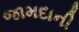
જામદાની